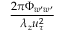
\frac { 2 \pi \Phi _ { w ^ { \prime } w ^ { \prime } } } { \lambda _ { z } u _ { \tau } ^ { 2 } }